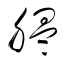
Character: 膃